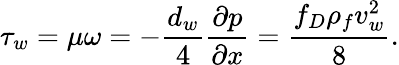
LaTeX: \tau_{w}=\mu\omega=-\frac{d_{w}}{4}\frac{\partial p}{\partial x}=\frac{f_{D}\rho_{f}v_{w}^{2}}{8}.